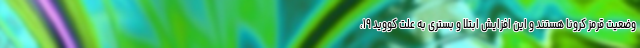
وضعیت قرمز کرونا هستند و این افزایش ابتلا و بستری به علت کووید ۱۹،